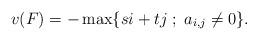
LaTeX: \begin{align*}v(F)=-\max\{si+tj \; ; \; a_{i,j}\neq 0\}.\end{align*}